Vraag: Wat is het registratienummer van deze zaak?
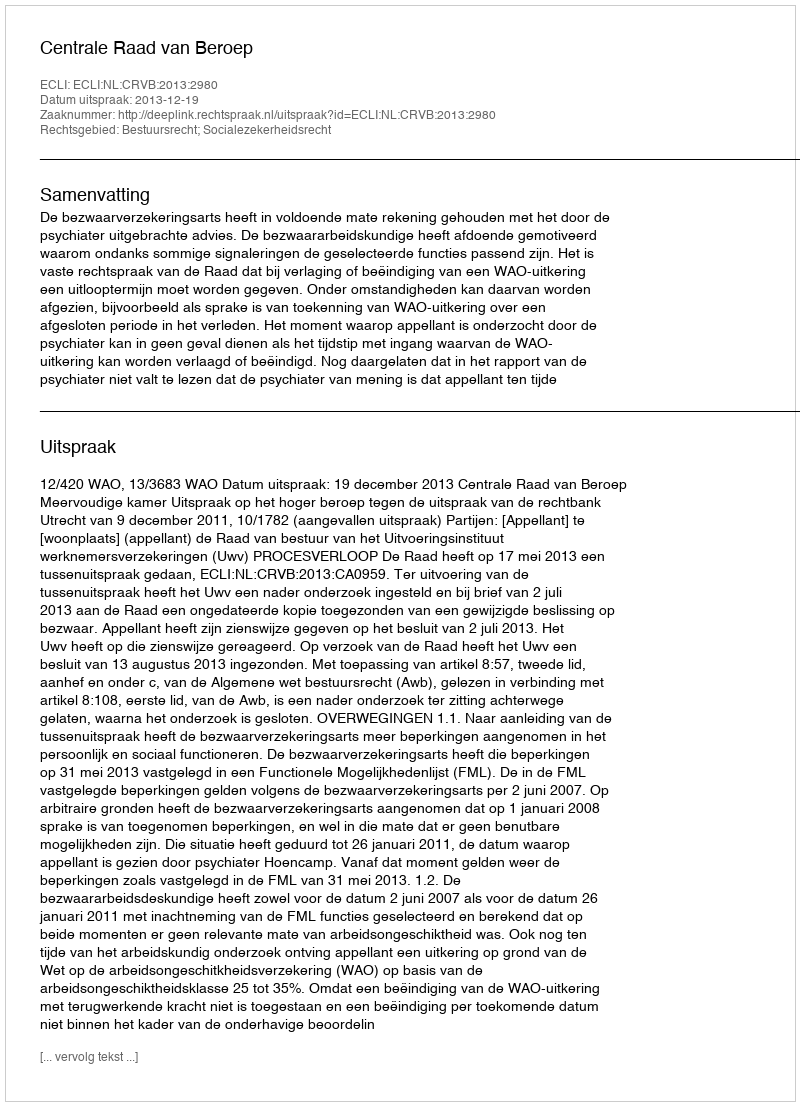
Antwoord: http://deeplink.rechtspraak.nl/uitspraak?id=ECLI:NL:CRVB:2013:2980